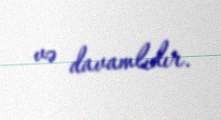
və davamlıdır.